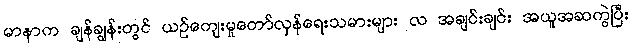
မာနာက ချန်ချွန်းတွင် ယဉ်ကျေးမှုတော်လှန်ရေးသမားများ လ အချင်းချင်း အယူအဆကွဲပြီး